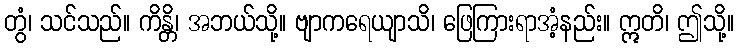
တွံ၊ သင်သည်။ ကိန္တိ၊ အဘယ်သို့။ ဗျာကရေယျာသိ၊ ဖြေကြားရာအံ့နည်း။ ဣတိ၊ ဤသို့။